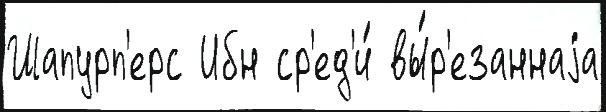
Шапурп'ерс Ибн ср'ед'и́ вы́р'езаннаjа